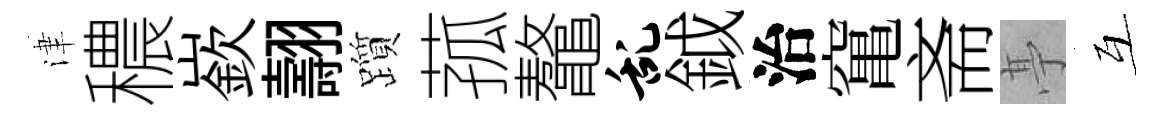
津穠嶔翿躓菰鼇乱鉞治𥧄斋𠅘互